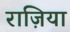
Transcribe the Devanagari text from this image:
राज़िया